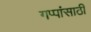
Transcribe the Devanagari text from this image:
गप्पांसाठी